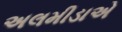
અલમીડાએ